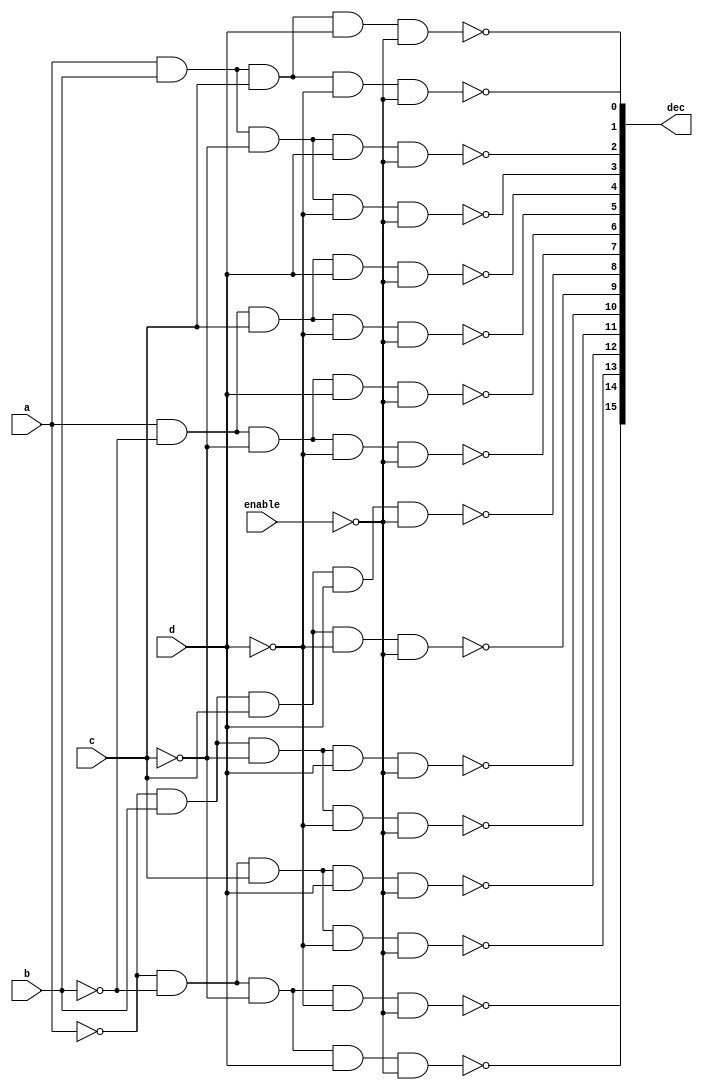
//Siddharth Singh and Chaitany Pandiya
//17CO146
//4X16 decoder using Verilog
//14 October 2018
module decoder(
dec,a,b,c,d,enable
);
output [0:15] dec;       //16-bit output
input      a,b,c,d;      //4-bit input with enable
input enable;
wire  anot,bnot,cnot,dnot,enablenot;
not (anot,a),            //gate level implementation
(bnot,b),
(cnot,c),
(dnot,d),
(enablenot,enable);
nand
(dec[0],anot,bnot,cnot,dnot,enablenot),
(dec[1],anot,bnot,cnot,d,enablenot),
(dec[2],anot,bnot,c,dnot,enablenot),
(dec[3],anot,bnot,c,d,enablenot),
(dec[4],anot,b,cnot,dnot,enablenot),
(dec[5],anot,b,cnot,d,enablenot),
(dec[6],anot,b,c,dnot,enablenot),
(dec[7],anot,b,c,d,enablenot),
(dec[8],a,bnot,cnot,dnot,enablenot),
(dec[9],a,bnot,cnot,d,enablenot),
(dec[10],a,bnot,c,dnot,enablenot),
(dec[11],a,bnot,c,d,enablenot),
(dec[12],a,b,cnot,dnot,enablenot),
(dec[13],a,b,cnot,d,enablenot),
(dec[14],a,b,c,dnot,enablenot),
(dec[15],a,b,c,d,enablenot);
endmodule